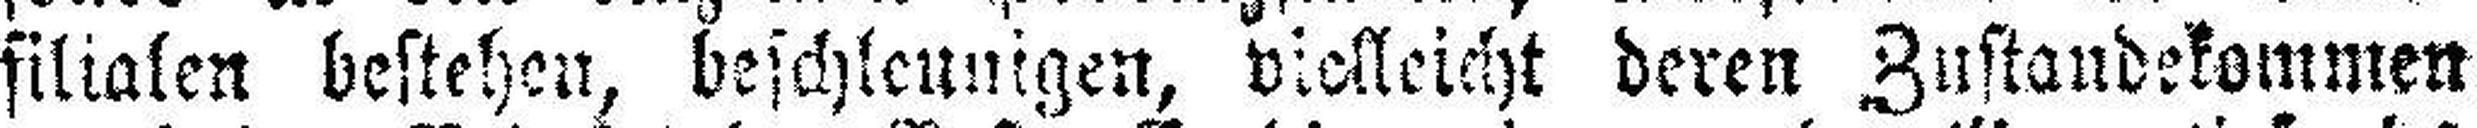
filialen bestehen, beschleunigen, vielleicht deren Zustandekommen